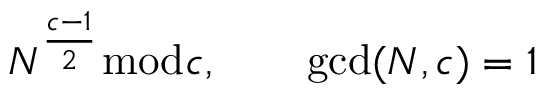
N ^ { \frac { c - 1 } { 2 } } { \bmod { c } } , \qquad \operatorname* { g c d } ( N , c ) = 1